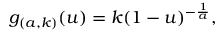
g _ { ( a , k ) } ( u ) = k ( 1 - u ) ^ { - { \frac { 1 } { a } } } ,